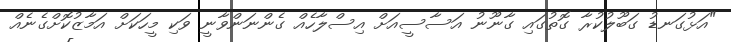
"އަޅުގަނޑު ގަބޫލުކުރާ ގޮތުގައި ގާނޫނު އަސާސީއަށް އިސްލާހެއް ގެންނަންވާނީ ވަކި މީހަކަށް އަމާޒުކޮށްގެނެއް